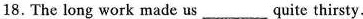
18. The long work made us___quite thirsty.